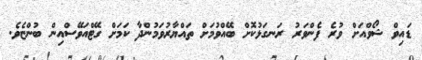
ޑައިވް ޝޯވްއަށް ވުރެ ފެންވަރު ރަނގަޅުކޮށް ބޭއްވުމަށް ތައްޔާރުވަމުންދާ ކަމަށް ގޭޓްއަވޭސްއިން ބުންޏެވެ.